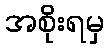
အစိုးရမှ